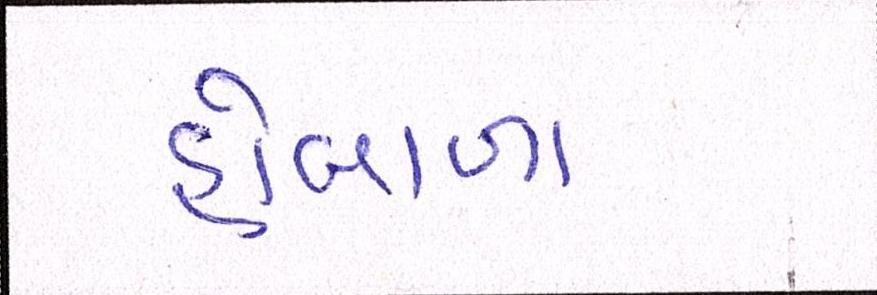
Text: હોબાળા